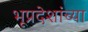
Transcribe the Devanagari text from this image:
भूप्रदेशांच्या